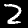
Digit: 2